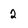
Character: 2